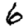
Digit: 6